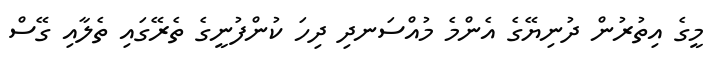
މީގެ އިތުރުން ދުނިޔޭގެ އެންމެ މުއްސަނދި ދިހަ ކުންފުނީގެ ތެރޭގައި ތެލާއި ގޭސް